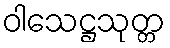
ဝါသေဋ္ဌသုတ္တ